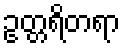
ဥတ္တရိတရာ